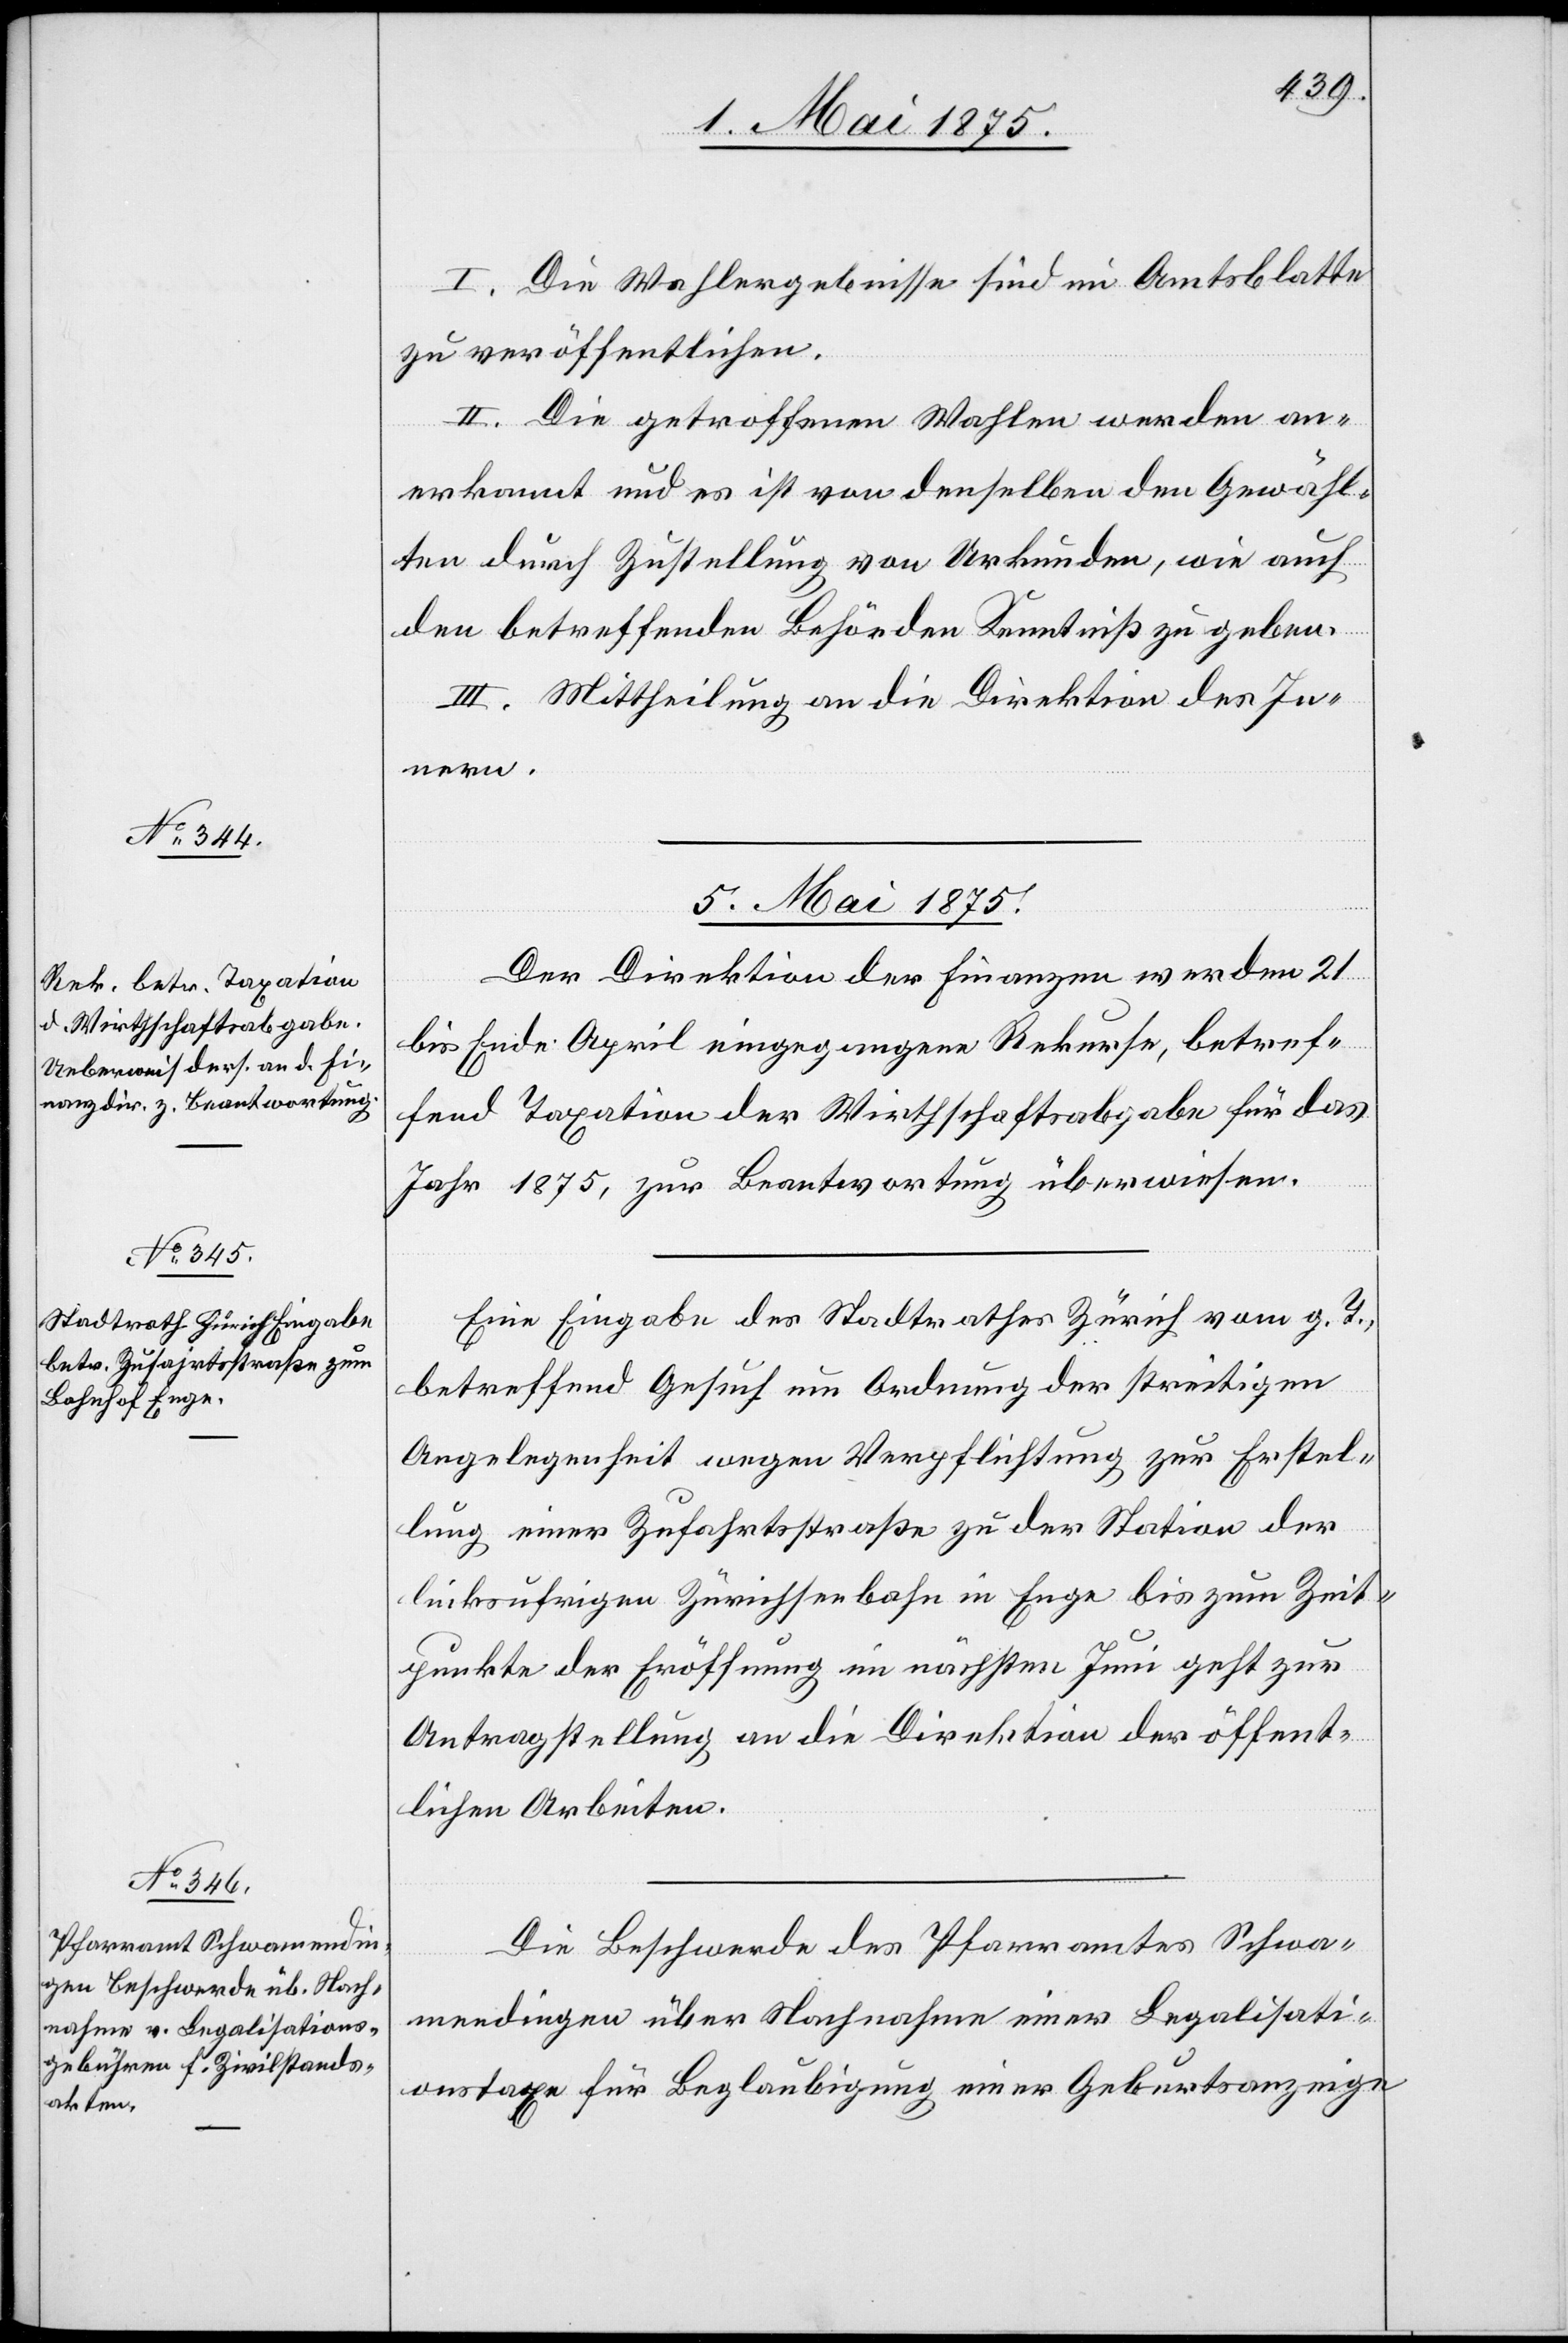
I. Die Wahlergebnisse sind im Amtsblatte
zu veröffentlichen.
II. Die getroffenen Wahlen werden an¬
erkannt und es ist von denselben den Gewähl¬
ten durch Zustellung von Urkunden, wie auch
den betreffenden Behörden Kenntniß zu geben.
III. Mittheilung an die Direktion des In¬
nern.
5. Mai 1875.]
Der Direktion der Finanzen werden 21
bis Ende April eingegangene Rekurse, betref¬
fend Taxation der Wirthschaftsabgabe für das
Jahr 1875, zur Beantwortung überwiesen.
Eine Eingabe des Stadtrathes Zürich vom g. T.
betreffend Gesuch um Ordnung der streitigen
Angelegenheit wegen Verpflichtung zur Erstel¬
lung einer Zufahrtsstraße zu der Station der
linksufrigen Zürichseebahn in Enge bis zum Zeit¬
punkt der Eröffnung im nächsten Juni geht zur
Antragstellung an die Direktion der öffent¬
lichen Arbeiten.
Die Beschwerde des Pfarramtes Schwa¬
mendingen über Nachnahme einer legalisati¬
onstaxe für Beglaubigung einer Geburtsanzeige